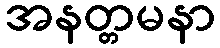
အနတ္တမနာ